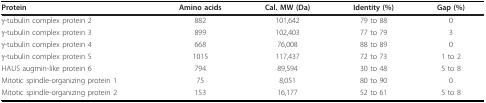
<table><thead><tr><td><b>Protein</b></td><td><b>Amino acids</b></td><td><b>Cal. MW (Da)</b></td><td><b>Identity (%)</b></td><td><b>Gap (%)</b></td></tr></thead><tbody><tr><td>γ-tubulin complex protein 2</td><td>882</td><td>101,642</td><td>79 to 88</td><td>0</td></tr><tr><td>γ-tubulin complex protein 3</td><td>899</td><td>102,403</td><td>77 to 79</td><td>3</td></tr><tr><td>γ-tubulin complex protein 4</td><td>668</td><td>76,008</td><td>88 to 89</td><td>0</td></tr><tr><td>γ-tubulin complex protein 5</td><td>1015</td><td>117,437</td><td>72 to 73</td><td>1 to 2</td></tr><tr><td>HAUS augmin-like protein 6</td><td>794</td><td>89,594</td><td>30 to 48</td><td>5 to 8</td></tr><tr><td>Mitotic spindle-organizing protein 1</td><td>75</td><td>8,051</td><td>80 to 90</td><td>0</td></tr><tr><td>Mitotic spindle-organizing protein 2</td><td>153</td><td>16,177</td><td>52 to 61</td><td>5 to 8</td></tr></tbody></table>